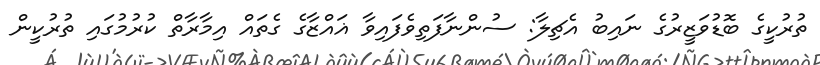
ތުރުކީގެ ބޮޑުވަޒީރުގެ ނައިބު އެޗިލާ: ސުންނާފަތިވެފައިވާ ޣައްޒާގެ ގެތައް އިމާރާތް ކުރުމުގައި ތުރުކީން